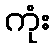
ကုံး